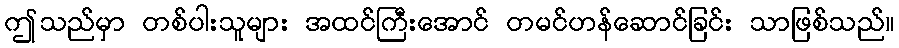
ဤသည်မှာ တစ်ပါးသူများ အထင်ကြီးအောင် တမင်ဟန်ဆောင်ခြင်း သာဖြစ်သည်။